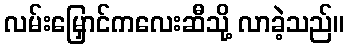
လမ်းမြှောင်ကလေးဆီသို့ လာခဲ့သည်။